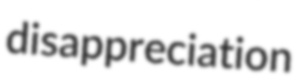
disappreciation